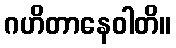
ဂဟိတာနေဝါတိ။